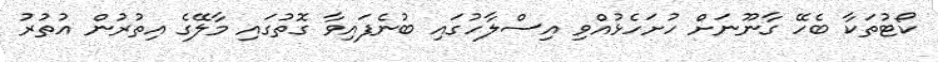
ކޯޓުތަކާ ބެހޭ ގާނޫނަށް ހުށަހެޅުއްވި އިސްލާހުގައި ބުނެފައިވާ ގޮތުގައި މާލޭގެ އިތުރުން އުތުރު